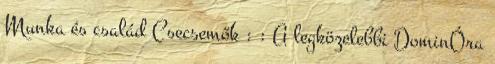
Munka és család Csecsemők : : A legközelebbi DominÓra